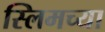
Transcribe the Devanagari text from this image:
स्लिमच्या